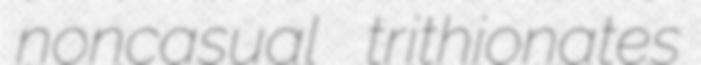
noncasual trithionates